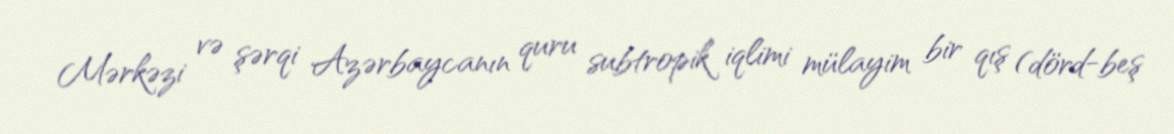
Mərkəzi və şərqi Azərbaycanın quru subtropik iqlimi mülayim bir qış (dörd-beş